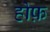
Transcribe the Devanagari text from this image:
होफ़